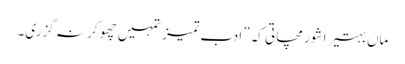
ماں بہتیرا شور مچاتی کہ ”ادب تمیز تمہیں چھو کر نہ گزری۔